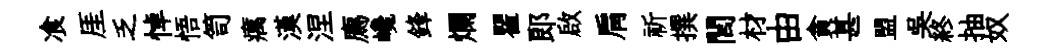
飡厓乏悼悟笥癘漢涅廌巉鋒爛瞿郞啟肩祈撰閭材由貪甚盟吴終抽奴